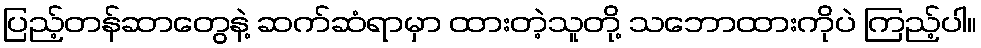
ပြည့်တန်ဆာတွေနဲ့ ဆက်ဆံရာမှာ ထားတဲ့သူတို့ သဘောထားကိုပဲ ကြည့်ပါ။